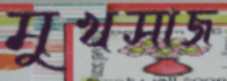
মুখসাজ